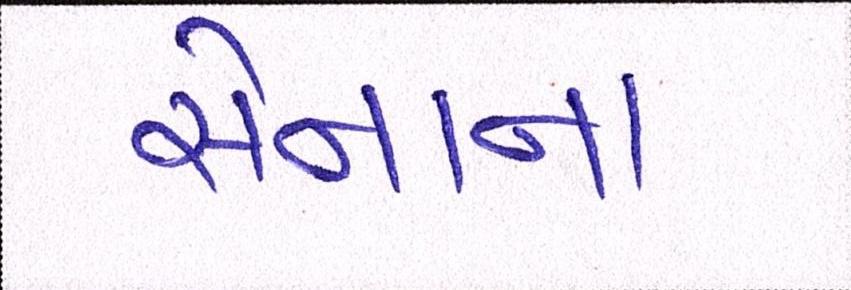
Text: સેનાના